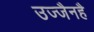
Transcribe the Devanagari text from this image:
उज्जैनहै